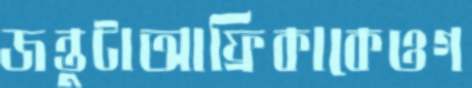
জন্তুটাআফ্রিকাকেওগ